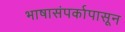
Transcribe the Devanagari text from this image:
भाषासंपर्कापासून